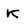
Character: K